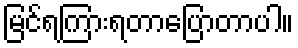
မြင်ရကြားရတာပြောတာပါ။